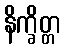
နိက္ခိတ္တ